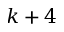
k + 4